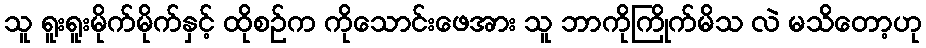
သူ ရူးရူးမိုက်မိုက်နှင့် ထိုစဉ်က ကိုသောင်းဖေအား သူ ဘာကိုကြိုက်မိသ လဲ မသိတော့ဟု